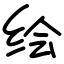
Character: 绘